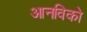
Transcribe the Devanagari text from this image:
आनविको